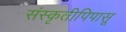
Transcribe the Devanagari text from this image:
संस्कृतीपिपासू